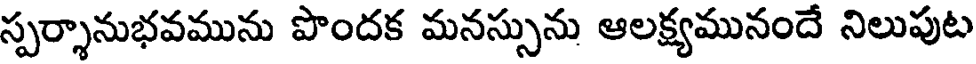
స్పర్శానుభవమును పొందక మనస్సును ఆలక్ష్యమునందే నిలుపుట